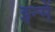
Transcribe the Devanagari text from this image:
इन्‍में